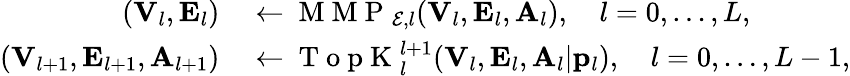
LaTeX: \begin{array}{rl}{({\mathbf V}_{l},{\mathbf E}_{l})}&{{}\leftarrow\mathrm{~M~M~P~}_{{\cal E},l}({\mathbf V}_{l},{\mathbf E}_{l},{\mathbf A}_{l}),\quad l=0,\ldots,L,}\\ {({\mathbf V}_{l+1},{\mathbf E}_{l+1},{\mathbf A}_{l+1})}&{{}\leftarrow\mathrm{~T~o~p~K~}_{l}^{l+1}({\mathbf V}_{l},{\mathbf E}_{l},{\mathbf A}_{l}|{\mathbf p}_{l}),\quad l=0,\ldots,L-1,}\end{array}